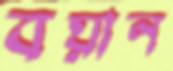
বয়ান